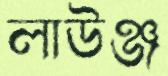
লাউঞ্জ